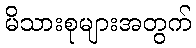
မိသားစုများအတွက်